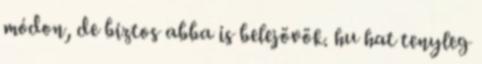
módon, de biztos abba is belejövök. hu hat tenyleg